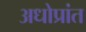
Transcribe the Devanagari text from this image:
अधोप्रांत